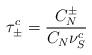
LaTeX: \begin{align*}\tau_\pm^c = \frac{C_N^\pm}{C_N \nu_S^c}\end{align*}